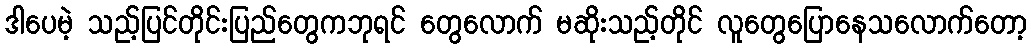
ဒါပေမဲ့ သည့်ပြင်တိုင်းပြည်တွေကဘုရင် တွေလောက် မဆိုးသည့်တိုင် လူတွေပြောနေသလောက်တော့